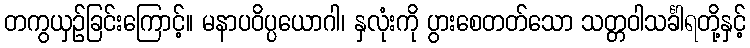
တကွယှဉ်ခြင်းကြောင့်။ မနာပဝိပ္ပယောဂါ၊ နှလုံးကို ပွားစေတတ်သော သတ္တဝါသင်္ခါရတို့နှင့်